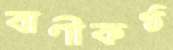
বাণীকণ্ঠ